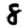
Digit: 8